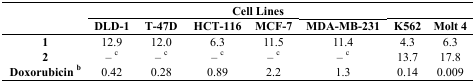
| <ROWSPAN=2>  | <COLSPAN=6> Cell Lines |  |
 | DLD-1 | T-47D | HCT-116 | MCF-7 | MDA-MB-231 | K562 | Molt 4 |
 | --- | --- | --- | --- | --- | --- | --- | --- |
 | 1 | 12.9 | 12.0 | 6.3 | 11.5 | 11.4 | 4.3 | 6.3 |
 | 2 | – c | – c | – c | – c | – c | 13.7 | 17.8 |
 | Doxorubicin b | 0.42 | 0.28 | 0.89 | 2.2 | 1.3 | 0.14 | 0.009 |